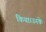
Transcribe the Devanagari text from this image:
किया।उनके